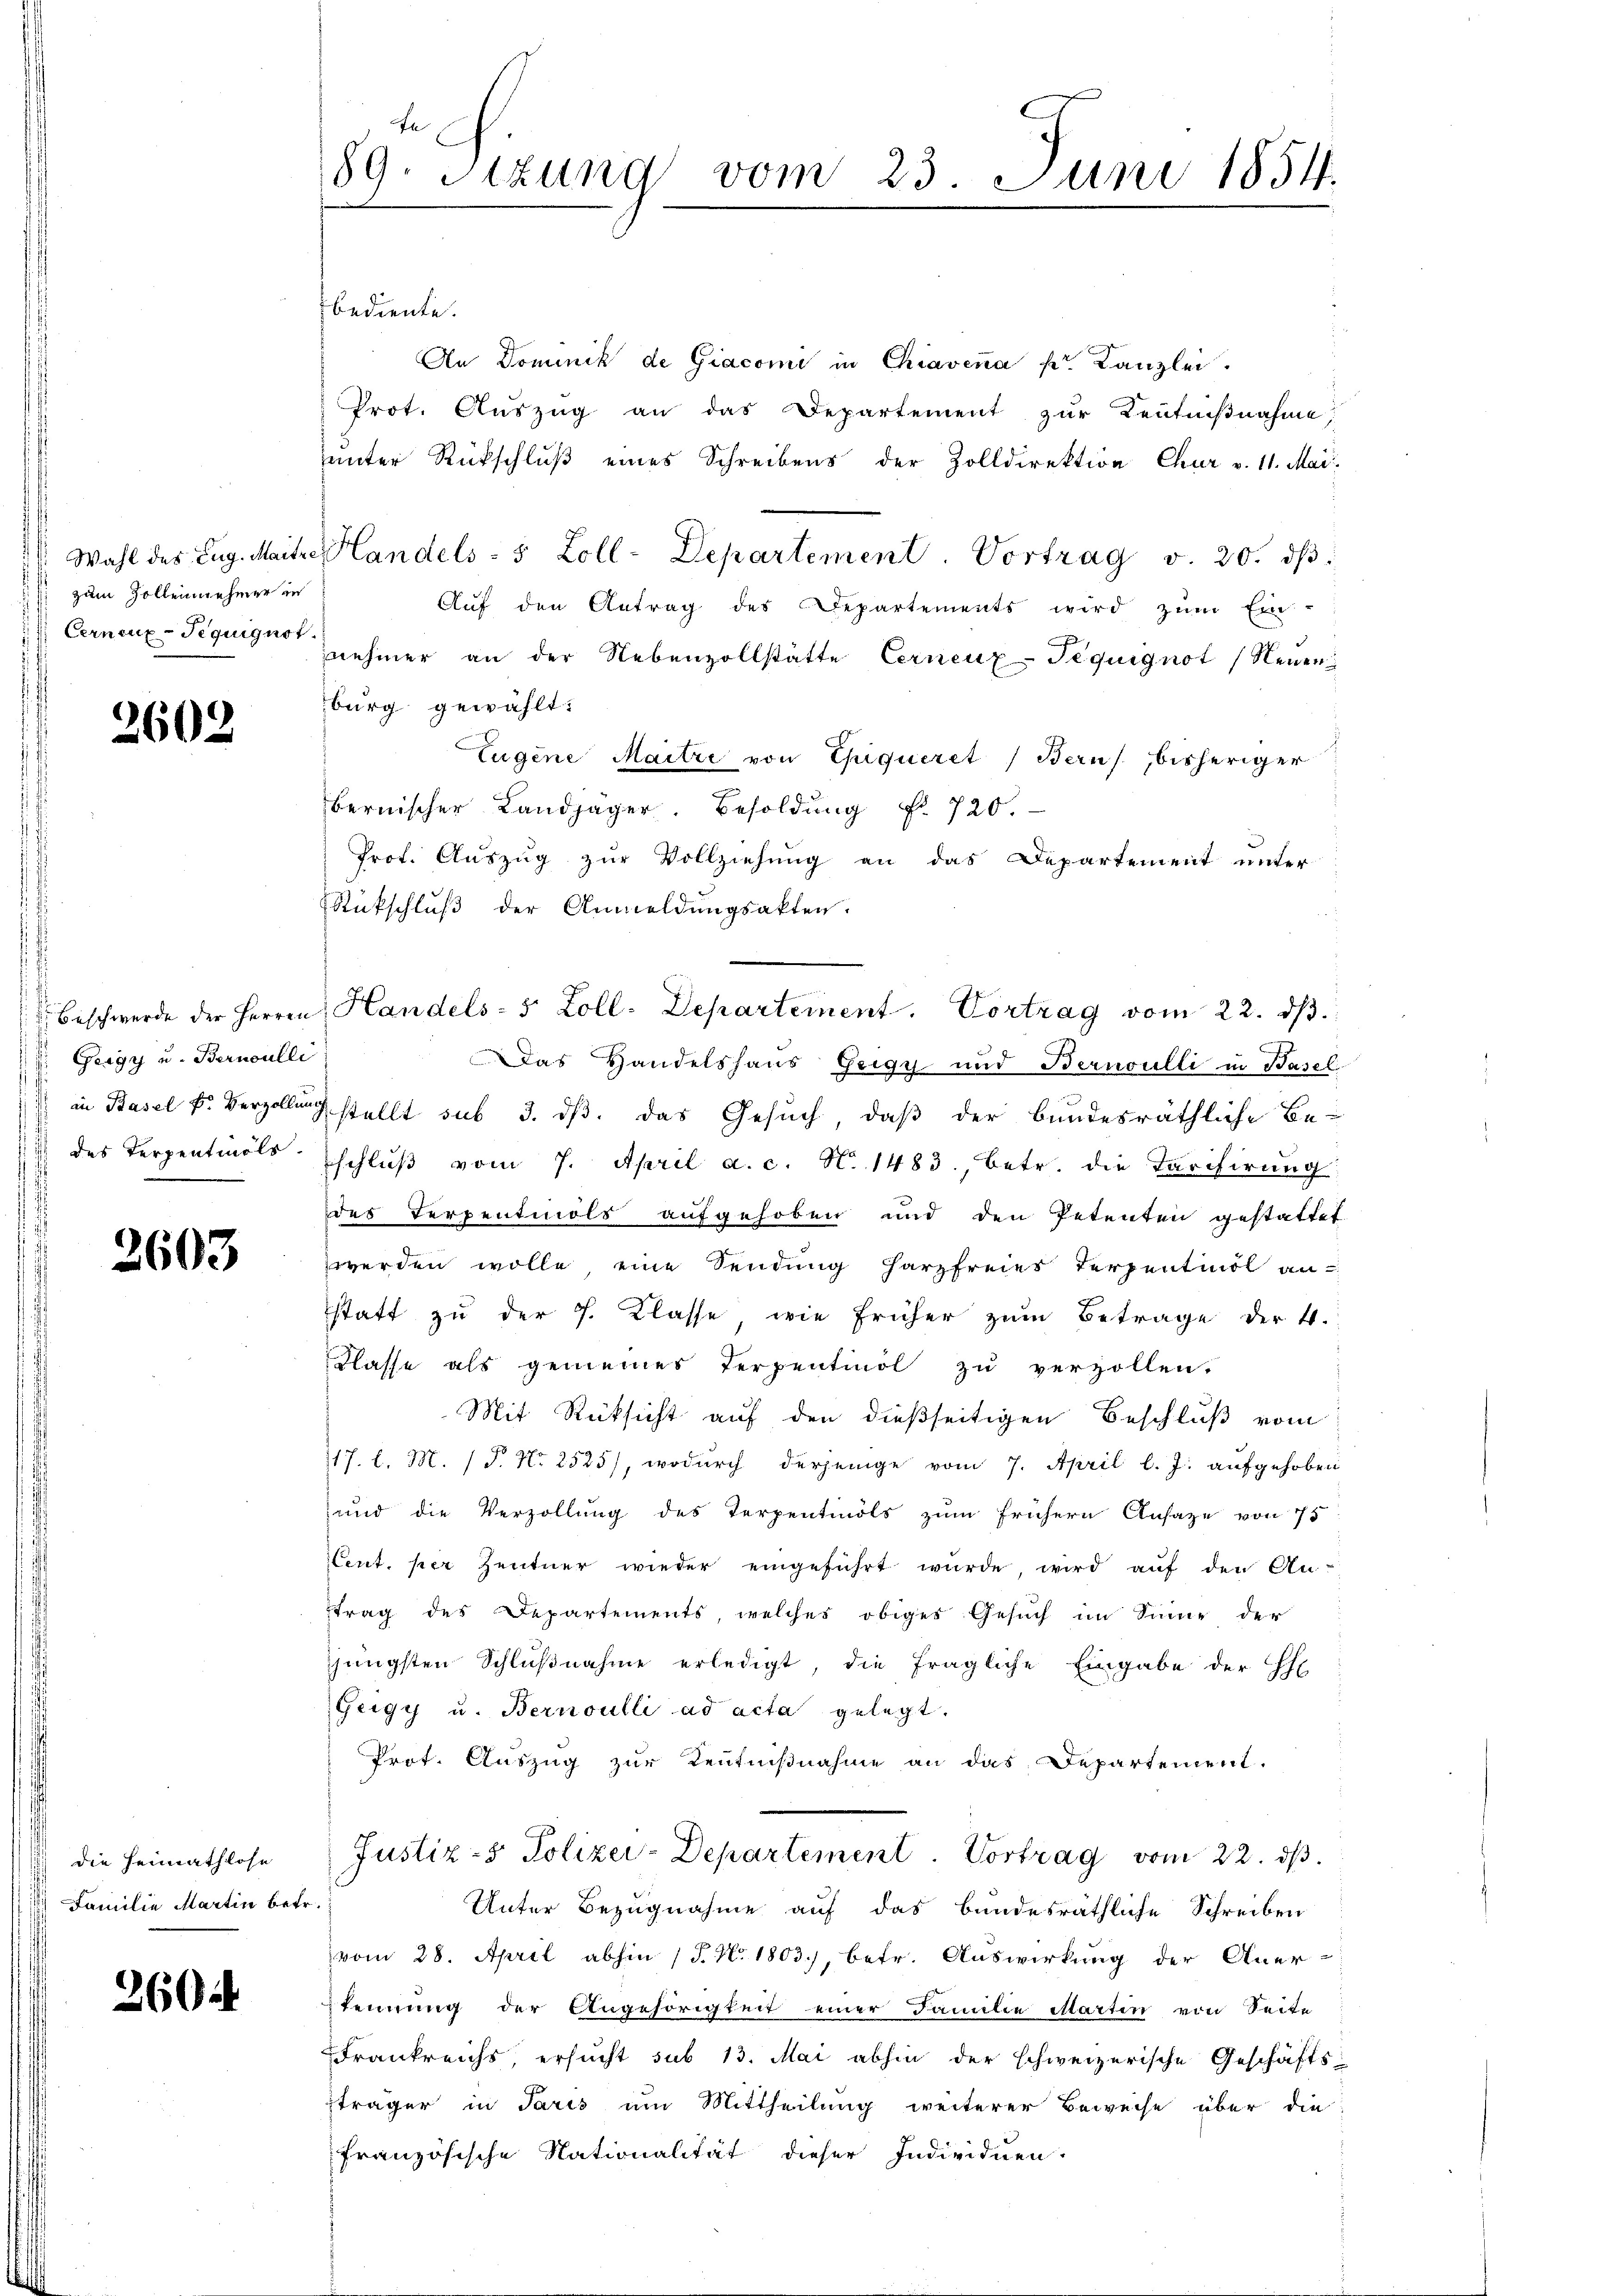
zum Zolleinnehmer in
 Cernenz-Seguignot.

2602

E. Gergy u. Bernoulli

2603

die Heimathlose
Familie Martin betr.

2604

bediente.
An Dominik de Giacomi in Chiavena v. Kanzlei.
Prot. Auszug an das Departement zur Kentnißnahme,
unter Rückschluß eines Schreibens der Zolldirektion Chur v. 11. Mai.
Wahl des Zug. Maitre Handels- 5 Zoll-Departement. Vortrag v. 20. dβ
Aŭf den Antrag des Departements wird zŭm Ein-
nehmer an der Nebenzollstätte Cernenz-Teguignot (Neuen
burg gewählt:
Eugene Maitre von Thiqueret, Berns, bisheriger
bernischer Landjäger Besoldung f. 720.
Prof. Auszug zur Vollziehung an das Departement unter
Rückschlŭβ der Anmeldŭngsakten.
Beschwerde der Herren Handels- 5 Zoll. Departement. Vortrag vom 22. dβ.
Das Handelshaus Geigy und Bernoulli in Basel-
E in Basel k. Bergellung stellt sub 3. ds. das Gesuch, daß der bundesräthliche Be-
 des Terpentials schlŭβ vom 7. April a. c. N. 1483, betr. die Tarifirung
des Terpentmols aufgehoben und den Petenten gestattet.
werden wolle, eine Sendung Harzfreies Terpentmol an
statt zu der P. Klasse, wie früher zum Betrage der 4.
Klasse als gemeines Terpentinol zu verzollen.
Mit Rücksicht auf den dießseitigen Beschluß vom
117. l. M. (T. No 2525), wodŭrch derjenige vom 7. April l. J. aufgehoben
und die Verzollung des Terpentmols zum frühern Ansage von 75
ent. per Zentner wieder eingeführt wurde, wird auf den An-
trag des Departements, welches obiges Gesuch im Sinne, der
jüngsten Schlußnahme erledigt, die fragliche Eingabe der Ehe
Zeigy u. Bernoulli ad acta gelegt.
Prot. Auszug zur Zentnißnahme an das Departement.
Justiz- & Polizei-Departement. Vortrag vom 22. ds.
Unter Bezugnahme auf das bundesräthliche Schreiben
vom 28. April abhin (T. N. 1803), betr. Auswirkung der Aner-
kennung der Angehörigkeit einer Familie Martin von Seite
Frankreichs, ersucht sub 13. Mai abhin der schweizerische Geschäfts-
träger in Paris um Mittheilung weiterer Beweise über die
französische Nationalität dieser Individuen.

89. Sizung
vom 23. Juni 1854.